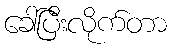
ခေါ်ပြီးလိုက်တာ